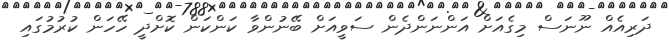
ދަރިއެއް ނޫނަސް މިގެއަށް އަންނަންދެން ސަވީއަށް ބޭނުންވާ ކަންކަން ކޮށްދީ ހޭހަން ކުރުމުގައި